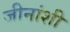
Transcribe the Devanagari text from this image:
जीनांशी